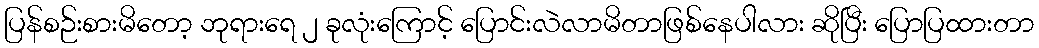
ပြန်စဉ်းစားမိတော့ ဘုရားရေ ၂ ခုလုံးကြောင့် ပြောင်းလဲလာမိတာဖြစ်နေပါလား ဆိုပြီး ပြောပြထားတာ